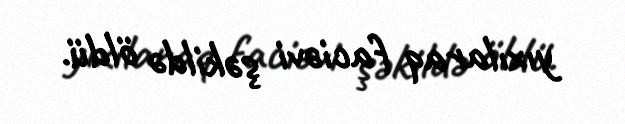
yıxılaraq faciəvi şəkildə öldü.